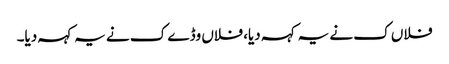
فلاں ک نے یہ کہہ دیا، فلاں وڈے ک نے یہ کہہ دیا۔